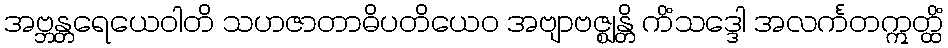
အဗ္ဘန္တရေယေဝါတိ သဟဇာတာဓိပတိယေဝ အဗျာဗဇ္ဈန္တိ ကိံသဒ္ဒေါ အလင်္ကတဣတ္ထိံ